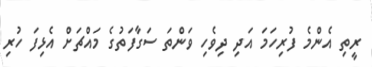
ރީތި އެންމެ ފުރިހަމަ އަދި ދިވެހި ވަންތަ ސަގާފަތުގެ މައްޗަށް އެޅިފަ ހުރި